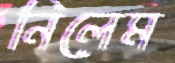
নিলেম